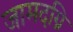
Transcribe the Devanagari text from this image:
जामदग्नि